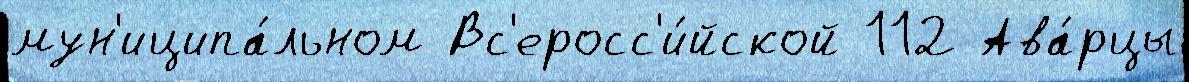
мун'иципа́льном Вс'еросс'и́йской 112 Ава́рцы